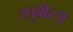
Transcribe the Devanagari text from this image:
रघुबीर॥